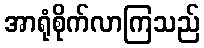
အာရုံစိုက်လာကြသည်